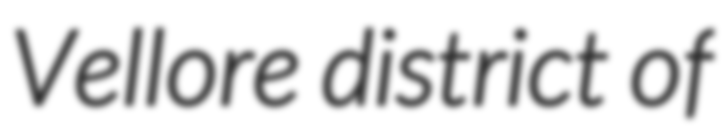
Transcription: Vellore district of